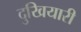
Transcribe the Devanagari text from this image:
दुखियारी